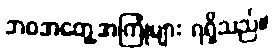
ဘဝအတွေ့အကြုံများ ရရှိသည်။